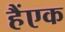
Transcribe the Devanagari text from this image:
हैंएक